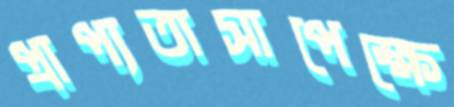
প্রাপ্যতাসাপেক্ষে